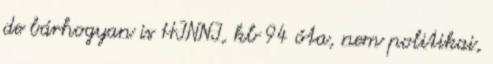
de bárhogyan is HINNI, kb 94 óta, nem politikai,